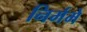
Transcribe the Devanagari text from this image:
निर्ममे